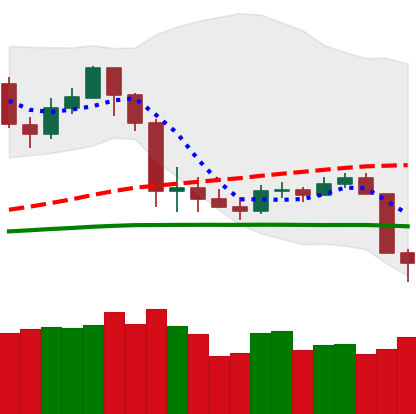
Ticker: LTC-USD
Chart end date: 2020-03-09
Forward return: -31.437%
Label: down_7plus